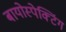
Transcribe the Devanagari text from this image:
बायोस्पेक्‍टिंग